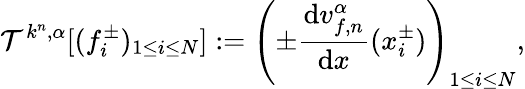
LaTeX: \mathcal{T}^{k^{n},\alpha}[(f_{i}^{\pm})_{1\leq i\leq N}]:=\left(\pm\frac{\mathrm{d}v_{f,n}^{\alpha}}{\mathrm{d}x}(x_{i}^{\pm})\right)_{1\leq i\leq N},